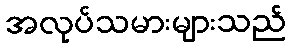
အလုပ်သမားများသည်